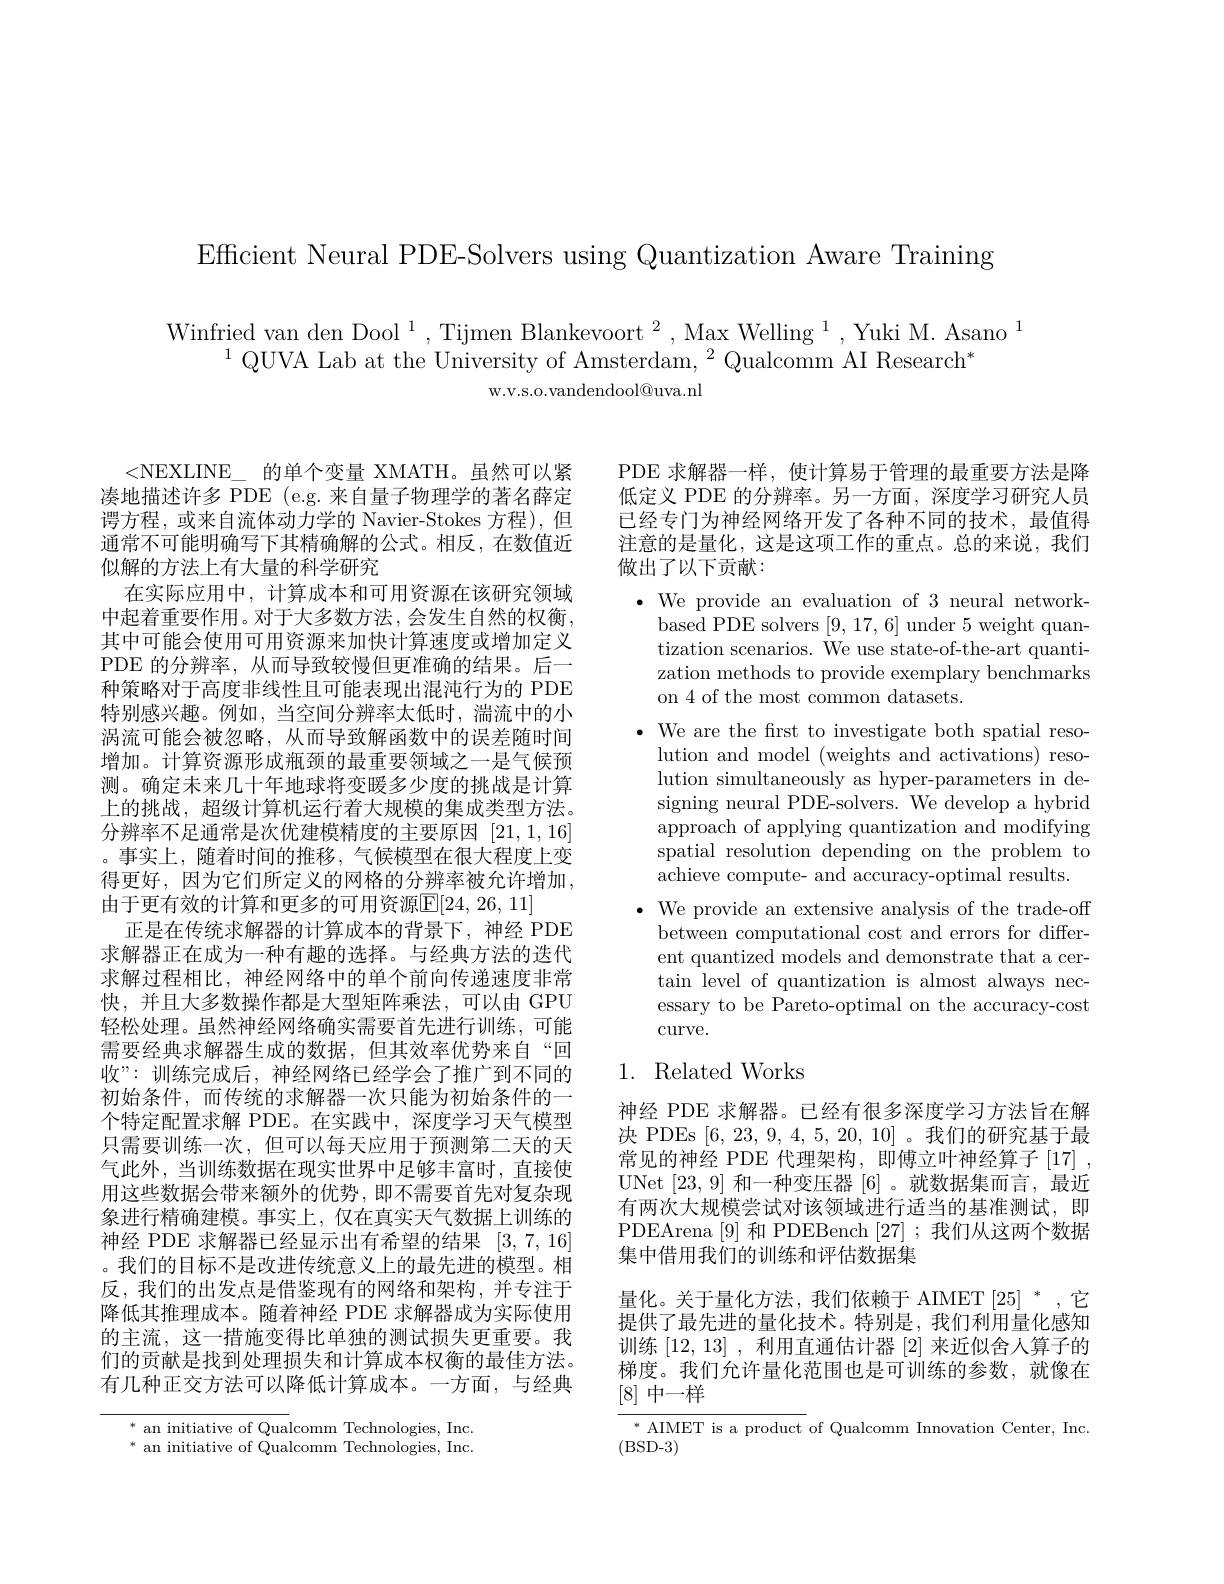
Efficient Neural PDE-Solvers using Quantization Aware Training

Winfried van den Dool $^1,\text{Tijmen Blankevoort}^2,\text{MaxWelling}^1,\text{Yuki M.Asano}^1$
$^{1}\text{QUVA Lab at the University of Amsterdam, }^{2}$Qualcomm AI Research$^*$
W. V. S. O. vandendool@ uva. nl

<NEXLINE\_的单个变量 XMATH。虽然可以紧 PDE 求解器一样，使计算易于管理的最重要方法是降凑地描述许多 PDE (e.g. 来自量子物理学的著名薛定 低定义 PDE 的分辨率。另一方面，深度学习研究人员
已经专门为神经网络开发了各种不同的技术，最值得注意的是量化，这是这项工作的重点。总的来说，我们做出了以下贡献：

$\bullet$ We provide an evaluation of 3 neural network-
based PDE solvers [9,17,6] under 5 weight quantization scenarios. We use state-of-the-art quantization methods to provide exemplary benchmarks on 4 of the most common datasets.
$\bullet$ We are the frst to investigate both spatial reso-
lution and model (weights and activations) resolution simultaneously as hyper-parameters in designing neural PDE-solvers. We develop a hybrid approach of applying quantization and modifying spatial resolution depending on the problem to achieve compute- and accuracy-optimal results.
$\bullet$ We provide an extensive analysis of the trade-off
between computational cost and errors for different quantized models and demonstrate that a certain level of quantization is almost always necessary to be Pareto-optimal on the accuracy-cost $\operatorname{curve.}$

谔方程，或来自流体动力学的 Navier-Stokes 方程),但通常不可能明确写下其精确解的公式。相反，在数值近似解的方法上有大量的科学研究
在实际应用中，计算成本和可用资源在该研究领域中起着重要作用。对于大多数方法，会发生自然的权衡， 其中可能会使用可用资源来加快计算速度或增加定义PDE 的分辨率，从而导致较慢但更准确的结果。后一种策略对于高度非线性且可能表现出混沌行为的 PDE 特别感兴趣。例如，当空间分辨率太低时，湍流中的小涡流可能会被忽略，从而导致解函数中的误差随时间增加。计算资源形成瓶颈的最重要领域之一是气候预测。确定未来几十年地球将变暖多少度的挑战是计算上的挑战，超级计算机运行着大规模的集成类型方法。分辨率不足通常是次优建模精度的主要原因[21,1,16] 。事实上，随着时间的推移，气候模型在很大程度上变得更好，因为它们所定义的网格的分辨率被允许增加， 由于更有效的计算和更多的可用资源E[24,26,11]
正是在传统求解器的计算成本的背景下，神经 PDE 求解器正在成为一种有趣的选择。与经典方法的迭代求解过程相比，神经网络中的单个前向传递速度非常快，并且大多数操作都是大型矩阵乘法，可以由 GPU 轻松处理。虽然神经网络确实需要首先进行训练，可能需要经典求解器生成的数据，但其效率优势来自“回收”:训练完成后，神经网络已经学会了推广到不同的初始条件，而传统的求解器一次只能为初始条件的一个特定配置求解 PDE。在实践中，深度学习天气模型只需要训练一次，但可以每天应用于预测第二天的天气此外，当训练数据在现实世界中足够丰富时，直接使用这些数据会带来额外的优势，即不需要首先对复杂现象进行精确建模。事实上，仅在真实天气数据上训练的神经 PDE 求解器已经显示出有希望的结果[3,7,16] 。我们的目标不是改进传统意义上的最先进的模型。相反，我们的出发点是借鉴现有的网络和架构，并专注于降低其推理成本。随着神经 PDE 求解器成为实际使用的主流，这一措施变得比单独的测试损失更重要。我们的贡献是找到处理损失和计算成本权衡的最佳方法。有几种正交方法可以降低计算成本。一方面，与经典

### 1. Related Works

神经 PDE 求解器。已经有很多深度学习方法旨在解决 PDEs [6,23,9,4,5,20,10]。我们的研究基于最常见的神经 PDE 代理架构，即傅立叶神经算子[17] , UNet [23,9]和一种变压器[6] 。就数据集而言，最近有两次大规模尝试对该领域进行适当的基准测试，即PDEArena [9] 和 PDEBench [27] ; 我们从这两个数据集中借用我们的训练和评估数据集
量化。关于量化方法，我们依赖于 AIMET[25] ",它提供了最先进的量化技术。特别是，我们利用量化感知训练[12,13],利用直通估计器[2]来近似舍人算子的梯度。我们允许量化范围也是可训练的参数，就像在[8]中一样

$^*$ an initiative of Qualcomm Technologies, Inc. $^{*}$ an initiative of Qualcomm Technologies, Inc.

$^{*}$AIMET is a product of Qualcomm Innovation Center, Inc.
(BSD-3)